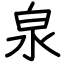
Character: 泉